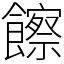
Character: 𩟔